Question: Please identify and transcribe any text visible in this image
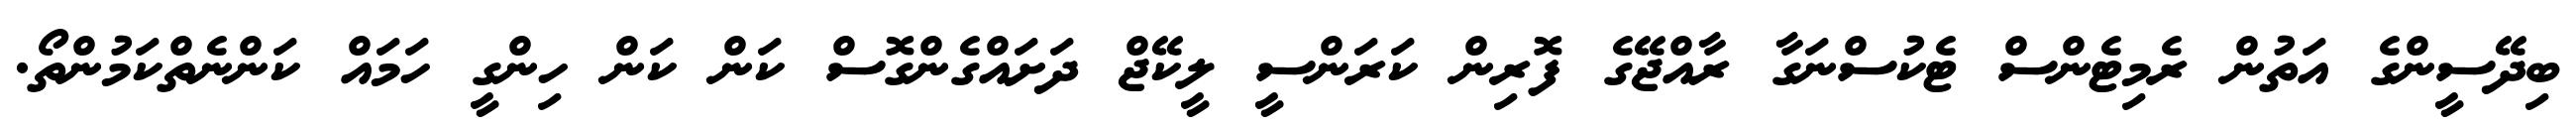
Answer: ބިދޭސީންގެ އަތުން ރެމިޓެންސް ޓެކުސްނަގާ ރާއްޖޭގެ ފޮރިން ކަރަންސީ ލީކޭޖް ދަށައްގެންގޮސް ކަން ކަން ހިންގީ ހަމައް ކަންނެތްކަމުންތޯ.